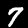
Digit: 7